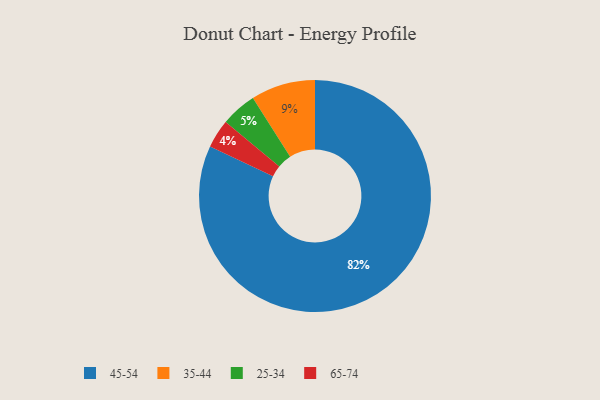
{"axis": {"x": "Category", "y": "Percentage"}, "legend": ["25-34", "35-44", "45-54", "65-74"], "data": [{"x": "35-44", "y": 9, "type": "35-44"}, {"x": "25-34", "y": 5, "type": "25-34"}, {"x": "45-54", "y": 82, "type": "45-54"}, {"x": "65-74", "y": 4, "type": "65-74"}]}